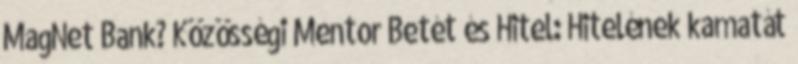
MagNet Bank? Közösségi Mentor Betét és Hitel: Hitelének kamatát